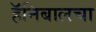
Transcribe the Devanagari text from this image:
हॅनिबालचा